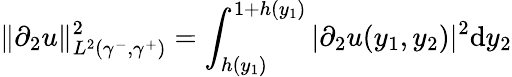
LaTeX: \| \partial_{2}u\| _{L^{2}(\gamma^{-},\gamma^{+})}^{2}=\int_{h(y_{1})}^{1+h(y_{1})}|\partial_{2}u(y_{1},y_{2})|^{2}\mathrm{d}y_{2}